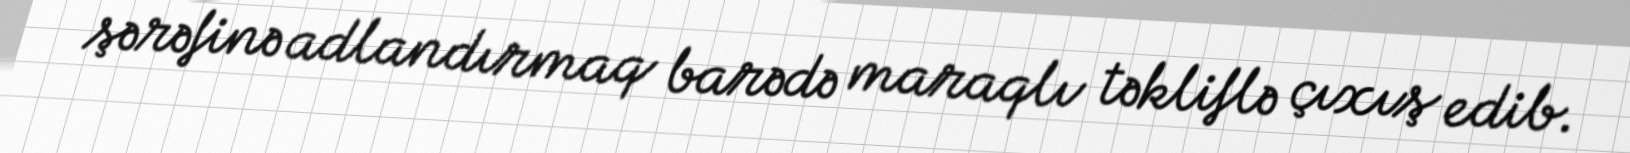
şərəfinə adlandırmaq barədə maraqlı təkliflə çıxış edib.